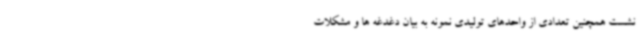
نشست همچنین تعدادی از واحدهای تولیدی نمونه به بیان دغدغه ها و مشکلات